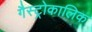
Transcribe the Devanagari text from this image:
गैस्ट्रोकालिक